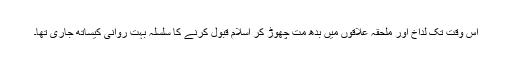
اس وقت تک لداخ اور ملحقہ علاقوں میں بدھ مت چھوڑ کر اسلام قبول کرنے کا سلسلہ بہت روانی کیساتھ جاری تھا۔